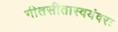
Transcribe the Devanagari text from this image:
गीतसीतास्वयंवरः